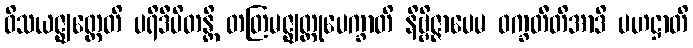
ဝိသယဇ္ဈတ္တေတိ ပရိဒီပိတန္တိ တတြမဇ္ဈတ္တုပေက္ခာတိ နိဗ္ဗိဇ္ဇာပေမ ဝက္ခတီတိအာဒိ ပဟဋ္ဌာတိ